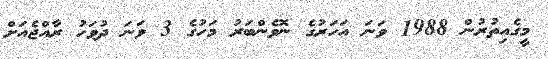
މީގެއިތުރުން 1988 ވަނަ އަހަރުގެ ނޮވެންބަރު މަހުގެ 3 ވަނަ ދުވަހު ރާއްޖެއަށް